Madras plague regulations in force outside the Presidency town - Volume 4
Disease focus: Plague
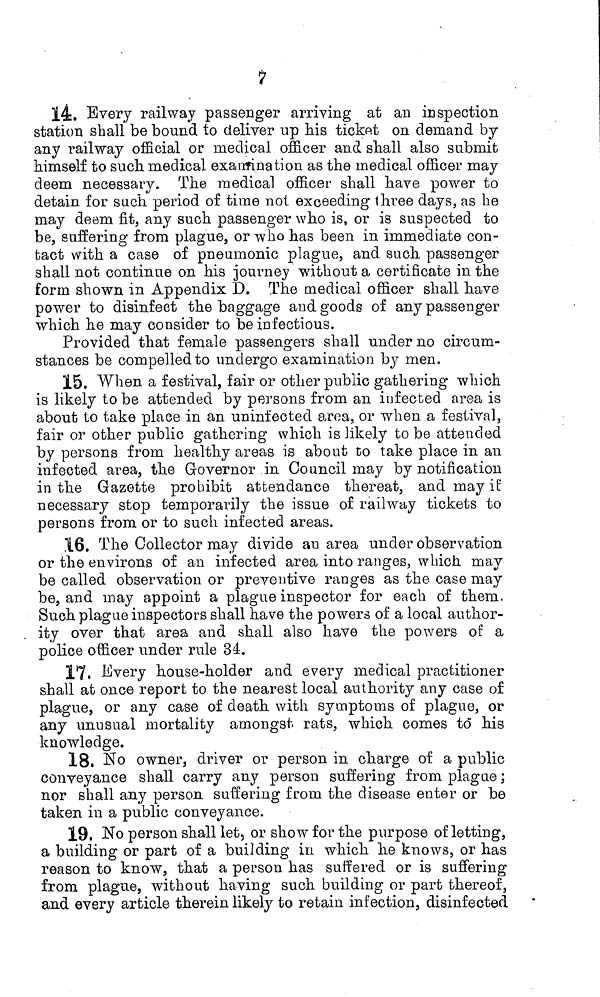
7
14. Every railway passenger arriving at an inspection
station shall be bound to deliver up his ticket on demand by
any railway official or medical officer and shall also submit
himself to such medical exanfination as the medical officer may
deem necessary. The medical officer shall have power to
detain for such period of time not exceeding three days, as be
may deem fit, any such passenger who is, or is suspected to
be, suffering from plague, or who has been in immediate con-
tact with a case of pneumonic plague, and such passenger
shall not continue on his journey without a certificate in the
form shown in Appendix D. The medical officer shall have
power to disinfect the baggage and goods of any passenger
which he may consider to be infectious.
Provided that female passengers shall under no circum-
stances be compelled to undergo examination by men.
15. When a festival, fair or other public gathering which
is likely to be attended by persons from an infected area is
about to take place in an uninfected area, or when a festival,
fair or other public gathering which is likely to be attended
by persons from healthy areas is about to take place in an
infected area, the Governor in Council may by notification
in the Gazette prohibit attendance thereat, and may it'
necessary stop temporarily the issue of railway tickets to
persons from or to such infected areas.
.16. The Collector may divide an area under observation
or the environs of an infected area into ranges, which may
be called observation or preventive ranges as the case may
be, and may appoint a plague inspector for each of them.
Such plague inspectors shall have the powers of a local author-
. ity over that area and shall also have the powers of a
police officer under rule 34.
17. Every house-holder and every medical practitioner
shall at once report to the nearest local authority any case of
plague, or any case of death with symptoms of plague, or
any unusual mortality amongst rats, which comes td his
knowledge.
18. No owner, driver or person in charge of a public
conveyance shall carry any person suffering from plague ;
nor shall any person suffering from the disease enter or be
taken in a public conveyance.
19. No person shall let, or show for the purpose of letting,
a building or part of a building in which he knows, or has
reason to know, that a person has suffered or is suffering
from plague, without having such building or part thereof,
and every article therein likely to retain infection, disinfected